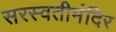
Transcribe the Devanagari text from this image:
सरस्वतीमंदिर